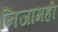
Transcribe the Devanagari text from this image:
निजामही